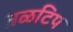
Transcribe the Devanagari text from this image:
तळटिप